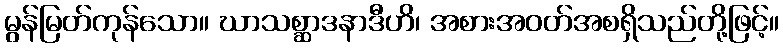
မွန်မြတ်ကုန်သော။ ဃာသစ္ဆာဒနာဒီဟိ၊ အစားအဝတ်အစရှိသည်တို့ဖြင့်။